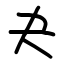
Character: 夬